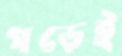
গড়েই